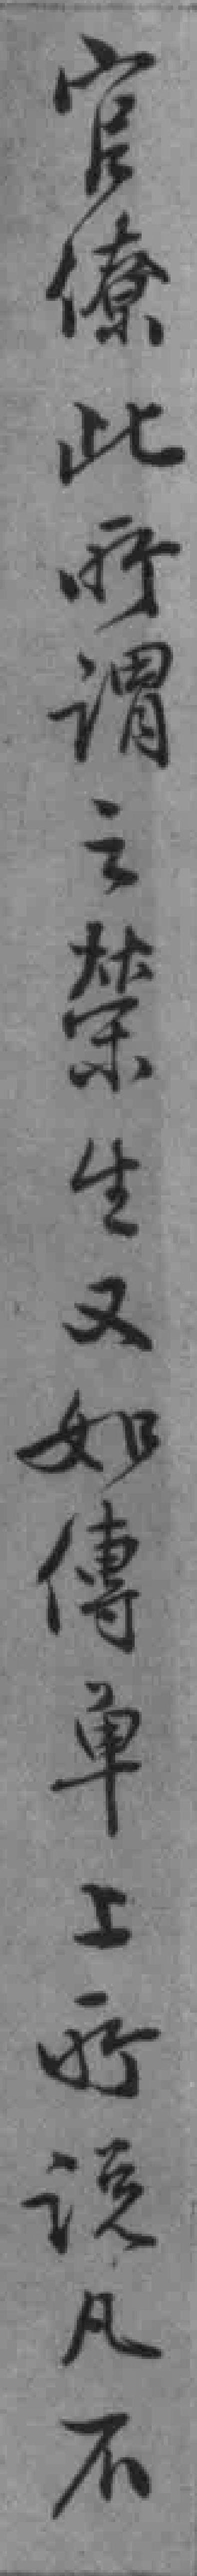
官僚此所謂之榮生又如傳单上所說凡不